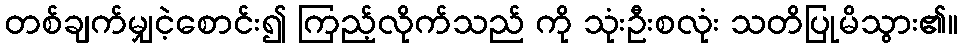
တစ်ချက်မျှငဲ့စောင်း၍ ကြည့်လိုက်သည် ကို သုံးဦးစလုံး သတိပြုမိသွား၏။